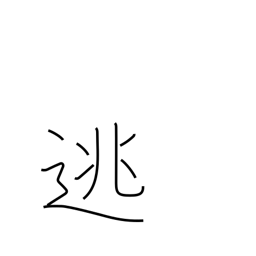
Meaning: set free